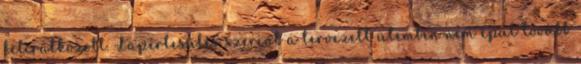
feliratkozott. Lapértesülés szerint a tervezett ütemben nem épül tovább